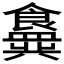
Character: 𬲟